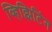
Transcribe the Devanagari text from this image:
व्हिझिटिंग